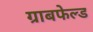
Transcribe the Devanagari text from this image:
ग्राबफेल्ड